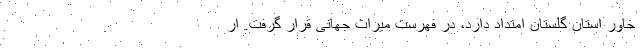
خاور استان گلستان امتداد دارد، در فهرست میراث جهانی قرار گرفت. ار